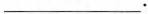
___.